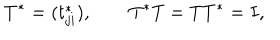
LaTeX: T ^ { * } = ( t _ { j i } ^ { * } ) , \qquad T ^ { * } T = T T ^ { * } = I ,